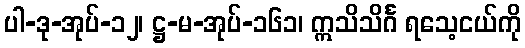
ပါ-ဒု-အုပ်-၁၂၊ ဋ္ဌ-မ-အုပ်-၁၆၁၊ ဣသိသိင်္ဂ ရသေ့ငယ်ကို